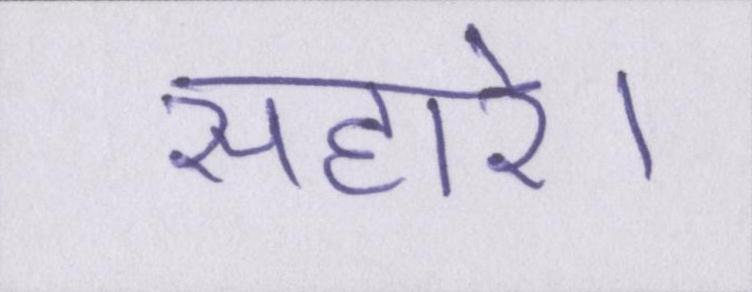
सहारे।